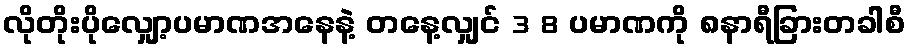
လိုတိုးပိုလျှော့ပမာဏအနေနဲ့ တနေ့လျှင် 3 8 ပမာဏကို ၈နာရီခြားတခါစီ